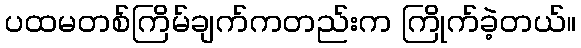
ပထမတစ်ကြိမ်ချက်ကတည်းက ကြိုက်ခဲ့တယ်။